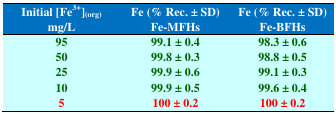
| Initial [Fe3+](org) mg/L | Fe (% Rec. ± SD) Fe-MFHs | Fe (% Rec. ± SD) Fe-BFHs |
 | --- | --- | --- |
 | 95 | 99.1 ± 0.4 | 98.3 ± 0.6 |
 | 50 | 99.8 ± 0.3 | 98.8 ± 0.5 |
 | 25 | 99.9 ± 0.6 | 99.1 ± 0.3 |
 | 10 | 99.9 ± 0.5 | 99.6 ± 0.4 |
 | 5 | 100 ± 0.2 | 100 ± 0.2 |